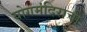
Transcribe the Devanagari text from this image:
योगमंदिराची